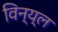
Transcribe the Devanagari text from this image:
विन्य्ल